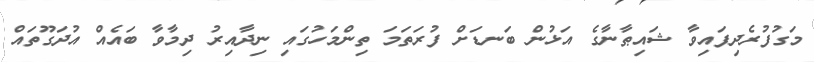
މަގުފުރެދިފައިވާ ޝައިޠާނާގެ އަޅުން ބަނޑަށް ފުރަތަމަ ތިންމަހުގައި ނިދާއިރު ދިމާވާ ބައެއް އުދަގޫތައް